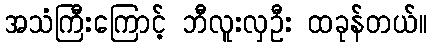
အသံကြီးကြောင့် ဘီလူးလှဦး ထခုန်တယ်။